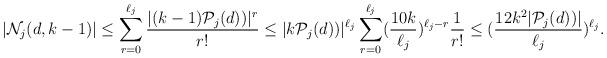
LaTeX: \begin{align*}|{\mathcal N}_j(d,k-1)|\leq\sum_{r=0}^{\ell_j}\frac{|(k-1){\mathcal P}_j(d))|^r}{r!}\leq |k{\mathcal P}_j(d))|^{\ell_j}\sum_{r=0}^{\ell_j}(\frac{10k}{\ell_j})^{\ell_j-r}\frac{1}{r!}\leq(\frac{12k^2|{\mathcal P}_j(d))|}{\ell_j})^{\ell_j}.\end{align*}